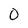
Character: O